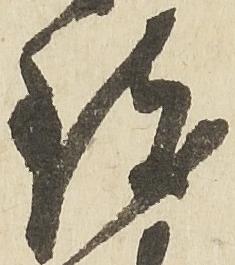
致